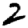
Digit: 2